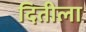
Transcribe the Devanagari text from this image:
दितीला